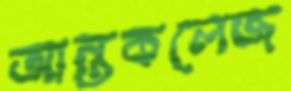
আন্তকলেজ